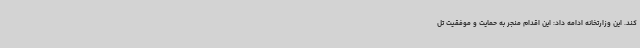
کند. این وزارتخانه ادامه داد: این اقدام منجر به حمایت و موفقیت تل